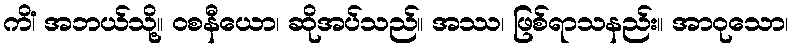
ကိံ၊ အဘယ်သို့။ ဝစနီယော၊ ဆိုအပ်သည်။ အဿ၊ ဖြစ်ရာသနည်း။ အာဝုသော၊